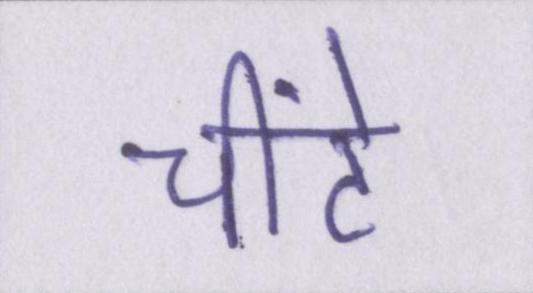
चींटे